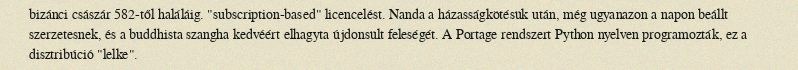
bizánci császár 582-től haláláig. "subscription-based" licencelést. Nanda a házasságkötésük után, még ugyanazon a napon beállt szerzetesnek, és a buddhista szangha kedvéért elhagyta újdonsült feleségét. A Portage rendszert Python nyelven programozták, ez a disztribúció "lelke".